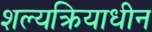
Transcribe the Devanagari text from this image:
शल्यक्रियाधीन